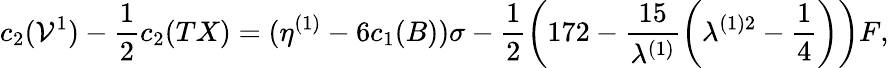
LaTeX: c_{2}(\mathcal{V}^{1})-\frac{{1}}{{2}}c_{2}(TX)=(\eta^{(1)}-6c_{1}(B))\sigma-\frac{{1}}{{2}}\left(172-\frac{{15}}{{\lambda^{(1)}}}\left(\lambda^{(1)2}-\frac{{1}}{{4}}\right)\right)F,